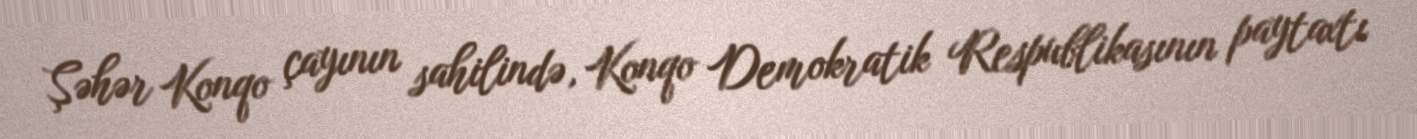
Şəhər Konqo çayının sahilində, Konqo Demokratik Respublikasının paytaxtı